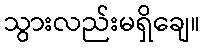
သွားလည်းမရှိချေ။